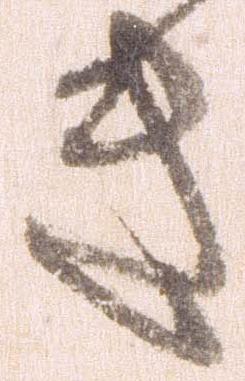
き